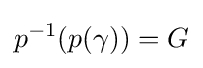
p^{-1}(p(\gamma ))=G